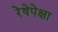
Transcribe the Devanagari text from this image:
रेषेपेक्षा